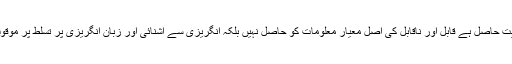
د) پاکستان کے تعلیمی میدان میں انگریزی کو مرکزی حیثیت حاصل ہے قابل اور ناقابل کی اصل معیار معلومات کو حاصل نہیں بلکہ انگریزی سے آشنائی اور زبان انگریزی پر تسلط پر موقوف ہے اس سلسلہ میں جامعہ کی نصاب میں توجہ دینا ہوگا۔